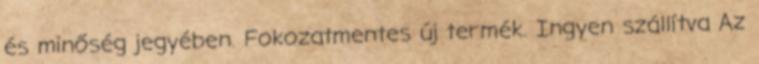
és minőség jegyében. Fokozatmentes új termék. Ingyen szállítva Az